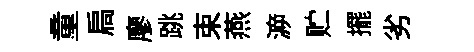
童扃廖跳束燕㴑贮擺劣